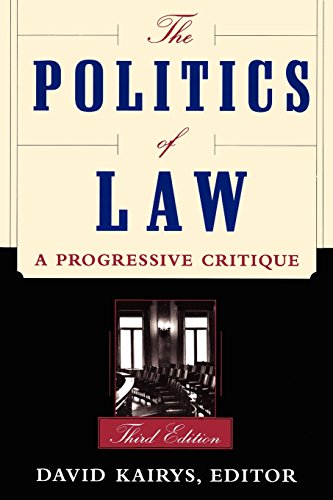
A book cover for The Politics Of Law: A Progressive Critique, Third Edition; Law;